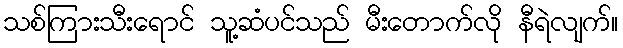
သစ်ကြားသီးရောင် သူ့ဆံပင်သည် မီးတောက်လို နီရဲလျက်။